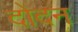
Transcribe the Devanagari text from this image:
दोदन